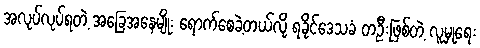
အလုပ်လုပ်ရတဲ့ အခြေအနေမျိုး ရောက်စေခဲ့တယ်လို့ ရခိုင်ဒေသခံ တဦးဖြစ်တဲ့ လူမှုရေး